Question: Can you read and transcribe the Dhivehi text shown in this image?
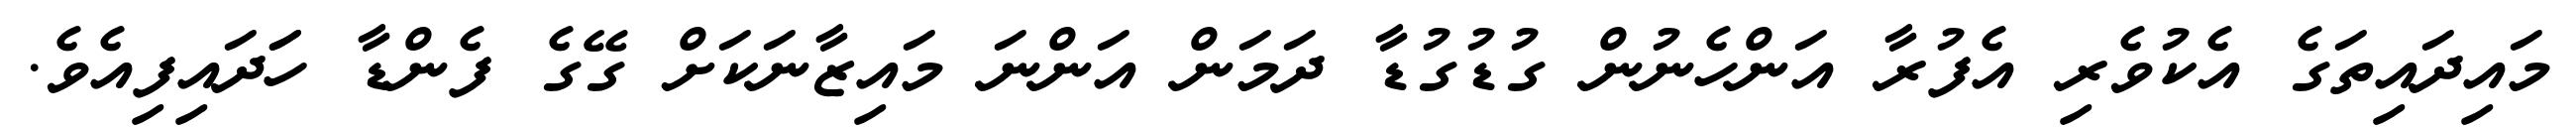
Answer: މައިދައިތަގެ އެކުވެރި އެފުރާ އަންހެނުން ގުޑުގުޑާ ދަމަން އަންނަ މައިޒާނަކަށް ގޭގެ ފެންޑާ ހަަދައިފިއެވެ.